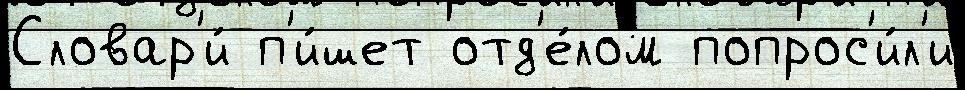
Словар'и́ п'и́шет отд'е́лом попрос'и́л'и